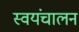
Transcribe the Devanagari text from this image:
स्वयंचालन